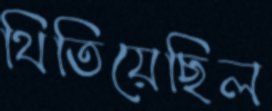
থিতিয়েছিল